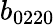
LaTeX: b_{0220}